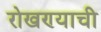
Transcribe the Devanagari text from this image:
रोखण्याची